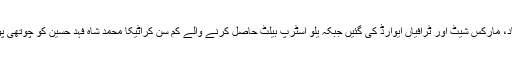
پوزیشن ہولڈرز کو بیلٹ کے ساتھ اسناد، مارکس شیٹ اور ٹرافیاں ایوارڈ کی گئیں جبکہ یلو اسٹرپ بیلٹ حاصل کرنے والے کم سن کراٹیکا محمد شاہ فہد حسین کو چوتھی پوزیشن پر خصوصی میڈل بھی دیا گیا۔